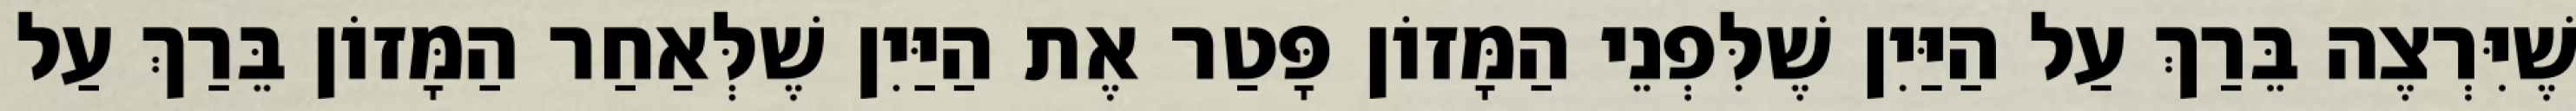
שֶׁיִּרְצֶה בֵּרַךְ עַל הַיַּיִן שֶׁלִּפְנֵי הַמָּזוֹן פָּטַר אֶת הַיַּיִן שֶׁלְּאַחַר הַמָּזוֹן בֵּרַךְ עַל